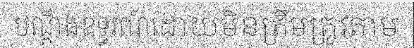
បណ្តឹងឧទ្ធរណ៍ដោយមិនត្រឹមត្រូវតាម